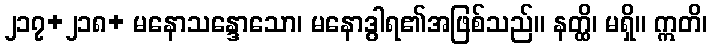
၂၁၇+၂၁၈+ မနောသန္ဒောသော၊ မနောဒွါရ၏အဖြစ်သည်။ နတ္ထိ၊ မရှိ။ ဣတိ၊